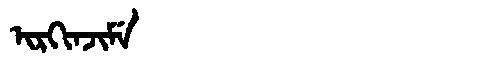
Manchu: ᡳᡵᡴᡳᠨᠵᡳᠮᡝ
Romanization: IRKINJIME